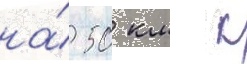
на́ 50 км к